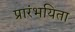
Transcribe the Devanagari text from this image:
प्रारंभयिता